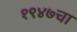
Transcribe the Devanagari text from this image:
१९४७चा